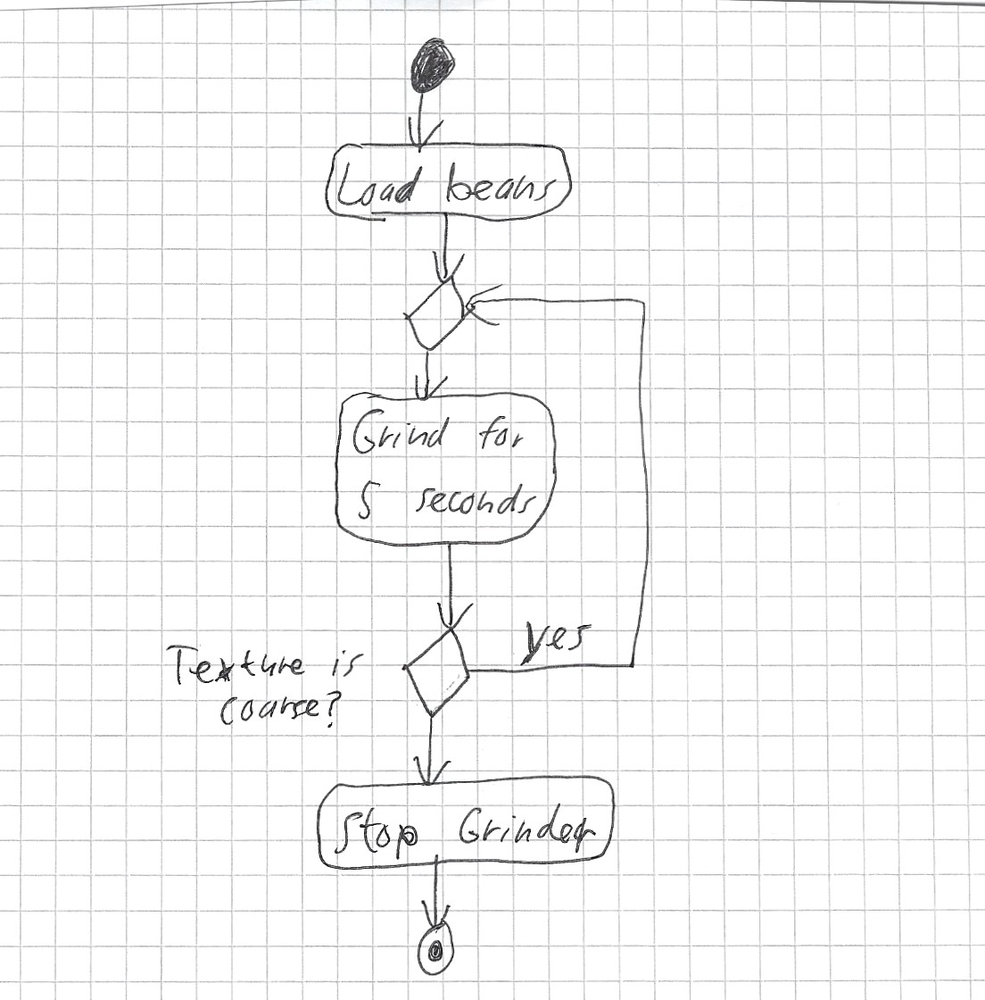
Diagram type: activity_diagram
```plantuml
@startuml

start
:Load beans;
repeat
  :Grind for 5 seconds;
repeat while (Texture is coarse?) is (yes)
:Stop Grinder;
stop

@enduml
```